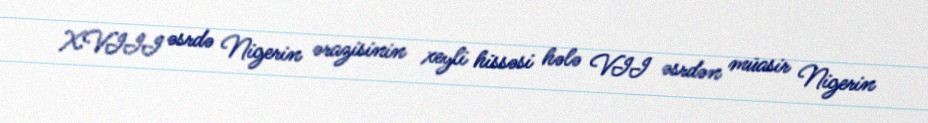
XVIII əsrdə Nigerin ərazisinin xeyli hissəsi hələ VII əsrdən müasir Nigerin